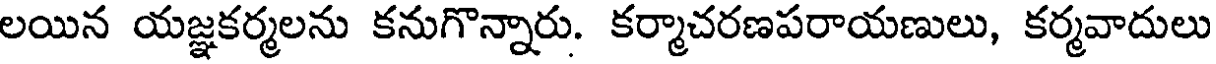
లయిన యజ్ఞకర్మలను కనుగొన్నారు. కర్మాచరణపరాయణులు, కర్మవాదులు